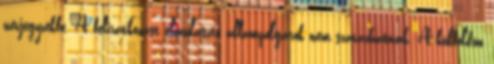
névjegyzékbe. A feliratkozást elmulasztó állampolgárok nem szavazhatnak. A külföldön